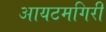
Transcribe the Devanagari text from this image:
आयटमगिरी